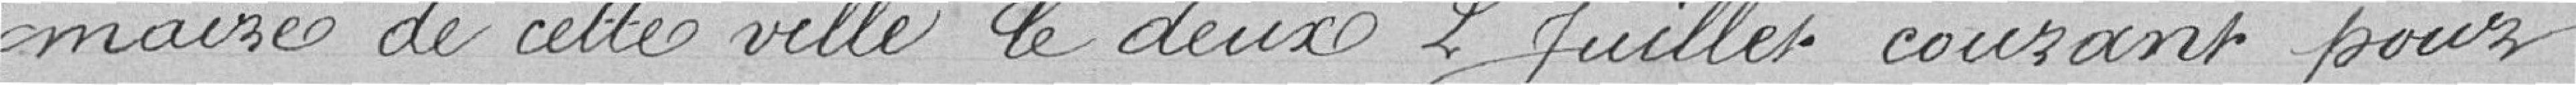
maire de cette ville le deux 2 juillet courant pour